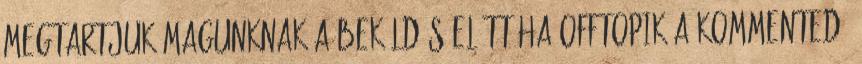
megtartjuk magunknak A beküldés előtt ha OFFtopik a kommented,